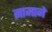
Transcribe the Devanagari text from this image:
नामाने